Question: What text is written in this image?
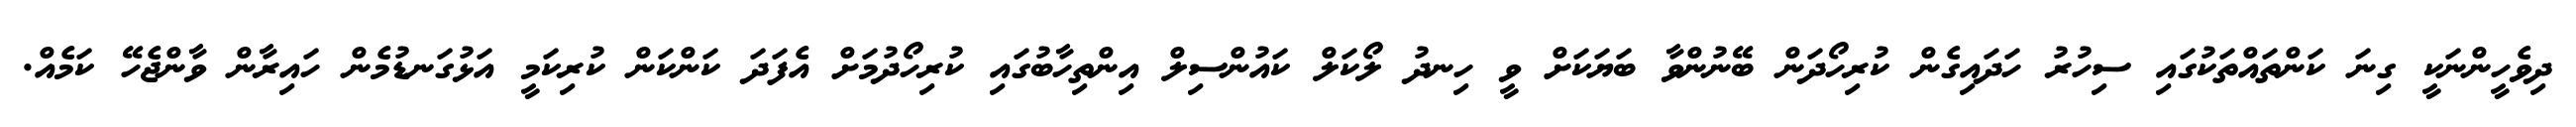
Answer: ދިވެހީންނަކީ ގިނަ ކަންތައްތަކުގައި ސިހުރު ހަދައިގެން ކުރިހޯދަން ބޭނުންވާ ބަޔަކަށް ވީ ހިނދު ލޯކަލް ކައުންސިލް އިންތިހާބުގައި ކުރިހޯދުމަށް އެފަދަ ކަންކަން ކުރިކަމީ އަޅުގަނޑުމެން ހައިރާން ވާންޖެހޭ ކަމެއް.